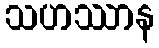
သဟဿာန